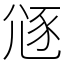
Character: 䝇